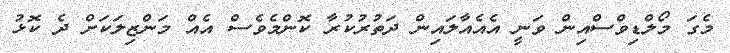
މެގަ މޯލްޑިވްސްއިން ވަނީ އެއެއާލައިން ދަތުރުކުރާ ކޮންމެވެސް އެއް މަންޒިލަކަށް ދެ ކޮޅު